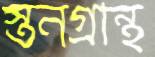
স্তনগ্রন্থি